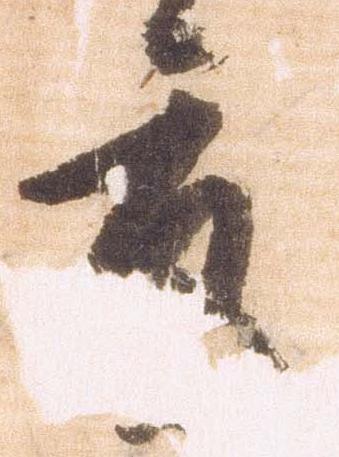
度